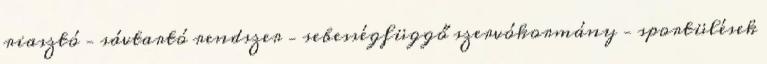
riasztó – sávtartó rendszer – sebességfüggő szervókormány – sportülések